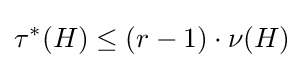
\tau ^{*}(H)\leq (r-1)\cdot \nu (H)